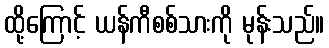
ထို့ကြောင့် ယန်ကီစစ်သားကို မုန်းသည်။